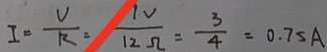
I = \frac { V } { R } = \frac { 1 V } { 1 2 \Omega } = \frac { 3 } { 4 } = 0 . 7 5 A